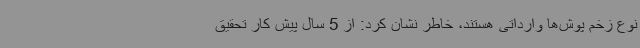
نوع زخم پوش‌ها وارداتی هستند، خاطر نشان کرد: از 5 سال پیش کار تحقیق